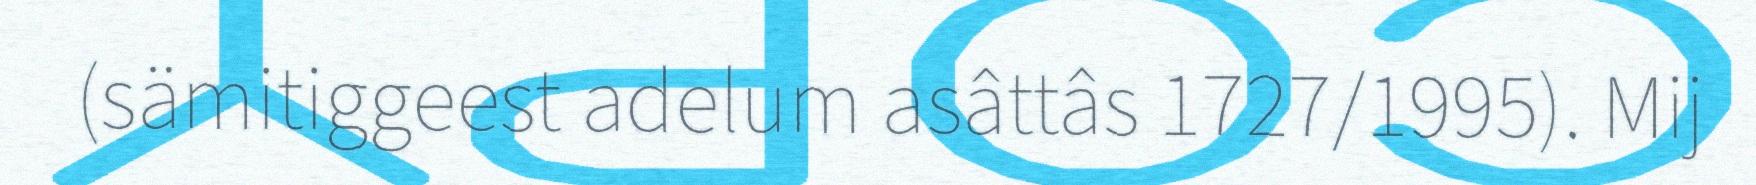
(sämitiggeest adelum asâttâs 1727/1995). Mij